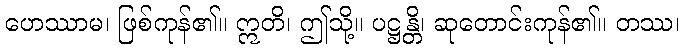
ဟေဿာမ၊ ဖြစ်ကုန်၏။ ဣတိ၊ ဤသို့။ ပဋ္ဌန္တိ၊ ဆုတောင်းကုန်၏။ တဿ၊